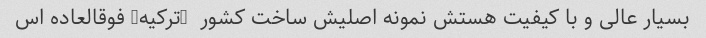
بسیار عالی و با کیفیت هستش نمونه اصلیش ساخت کشور  (ترکیه) فوقالعاده اس